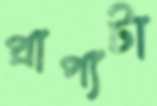
প্রাপ্যটা